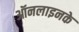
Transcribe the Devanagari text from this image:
ऑनलाइनके